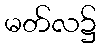
မတ်လ၌